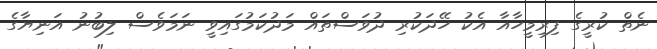
ނެތް ކުރީގެ ފިރިމީހާއާ އެކު ހޭދަކުރި ދުވަސްތައް މަދުކަމުގައިވީ ނަމަވެސް ލިބުނު އަނިޔާގެ